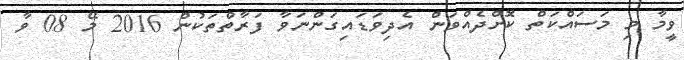
ވީމާ މި މަސައްކަތް ކޮށްދެއްވަން އެދިވަޑައިގަންނަވާ ފަރާތްތަކުން 2016 މޭ 08 ވާ